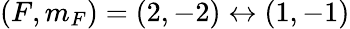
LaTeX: (F,m_{F})=(2,-2)\leftrightarrow(1,-1)